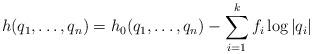
LaTeX: \begin{align*} h(q_1,\dots,q_n)=h_{0}(q_1,\dots,q_n)-\sum_{i=1}^{k}f_{i}\log|q_{i}|\end{align*}